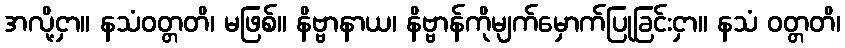
အလို့ငှာ။ နသံဝတ္တတိ၊ မဖြစ်။ နိဗ္ဗာနာယ၊ နိဗ္ဗာန်ကိုမျက်မှောက်ပြုခြင်းငှာ။ နသံ ဝတ္တတိ၊